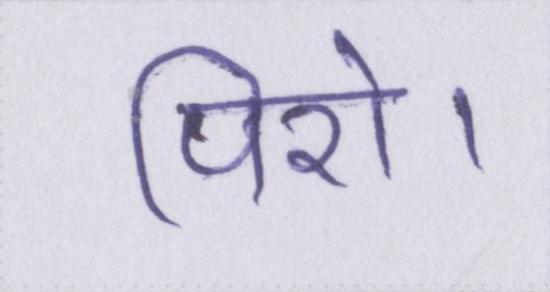
पिरो